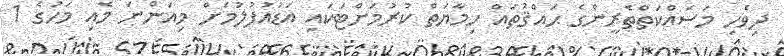
ދިވެހި މަސައްކަތްތެރީންގެ ޙައްޤުތައް ހިމާޔަތް ކުރުމަށްޓަކައި އަޑުއުފުލުމަށް މިއަންނަ މެއި މަހުގެ 1